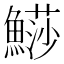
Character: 𩺳